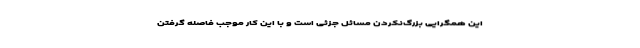
این همگرایی بزرگ‌نکردن مسائل جزئی است و با این کار موجب فاصله گرفتن